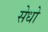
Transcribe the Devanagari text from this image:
सेधो